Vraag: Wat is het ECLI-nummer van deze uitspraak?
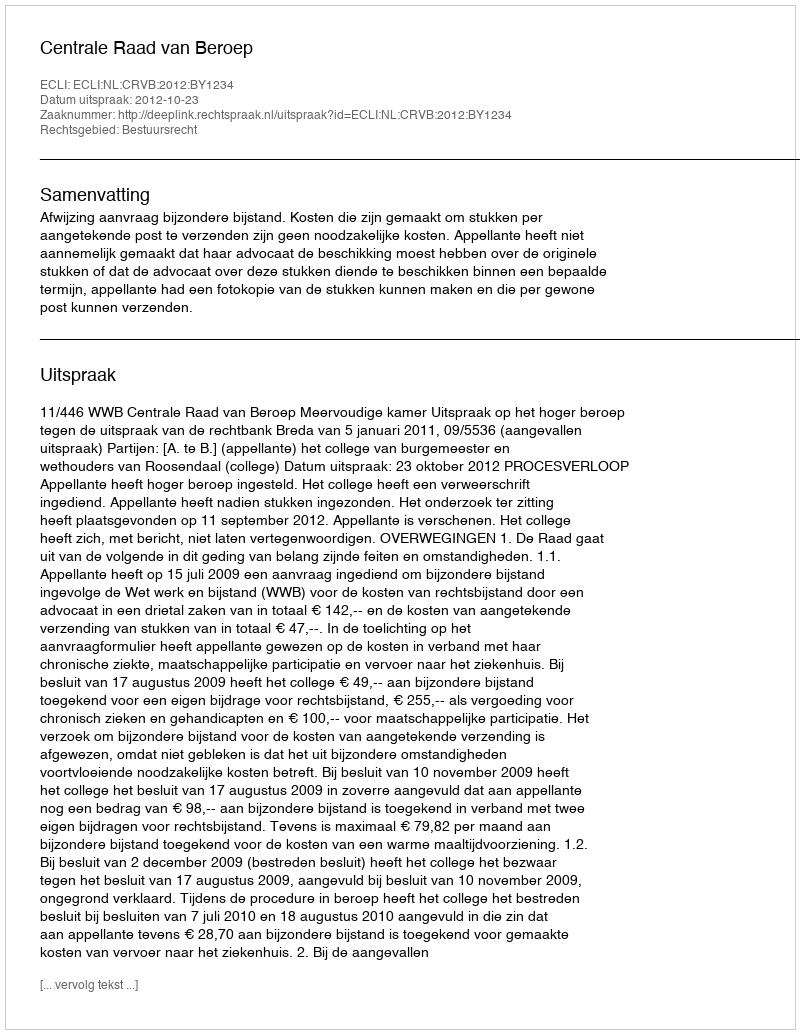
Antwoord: ECLI:NL:CRVB:2012:BY1234